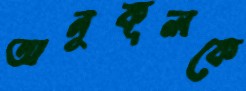
অনুকূলকে